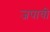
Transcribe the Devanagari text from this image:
जपावी